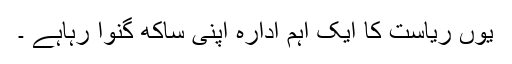
یوں ریاست کا ایک اہم ادارہ اپنی ساکھ گنوا رہاہے ۔